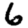
Digit: 6